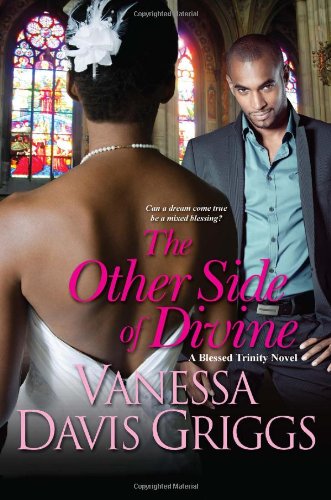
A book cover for The Other Side of Divine (Blessed Trinity); Vanessa Davis Griggs; Literature & Fiction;